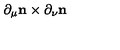
\partial _ { \mu } { \bf n } \times \partial _ { \nu } { \bf n }